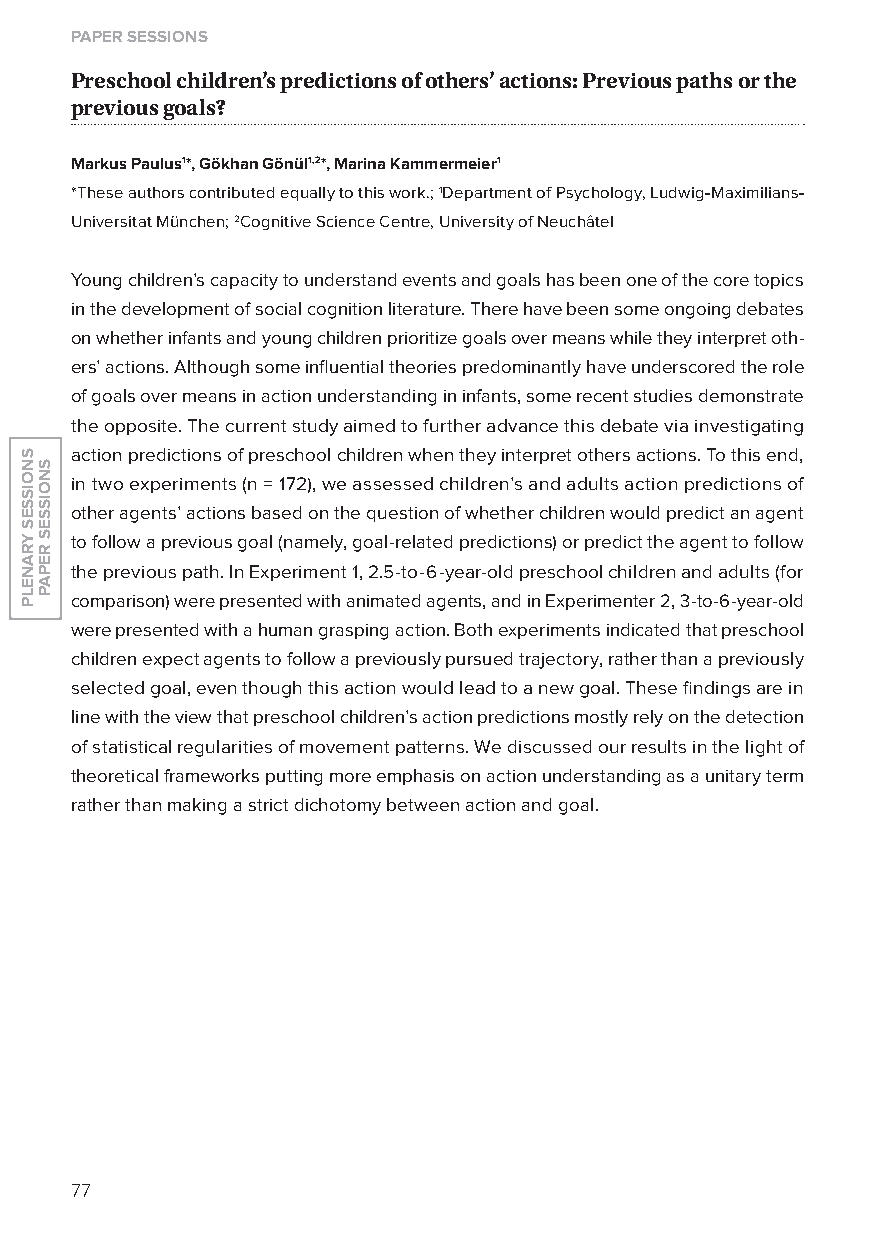
paper sessions
 Preschool children’s predictions of others’ actions: Previous paths or the
 previous goals?
 Markus Paulus1*, Gökhan Gönül1,2*, Marina Kammermeier1
 *These authors contributed equally to this work.; 1Department of Psychology, ludwig-Maximilians-
 Universitat München; 2Cognitive Science Centre, University of Neuchâtel
 young children’s capacity to understand events and goals has been one of the core topics
 in the development of social cognition literature. There have been some ongoing debates
 on whether infants and young children prioritize goals over means while they interpret oth-
 ers’ actions. Although some influential theories predominantly have underscored the role
 of goals over means in action understanding in infants, some recent studies demonstrate
 the opposite. The current study aimed to further advance this debate via investigating
 action predictions of preschool children when they interpret others actions. To this end,
 in two experiments (n = 172), we assessed children’s and adults action predictions of
 other agents’ actions based on the question of whether children would predict an agent
 to follow a previous goal (namely, goal-related predictions) or predict the agent to follow
 the previous path. In Experiment 1, 2.5-to-6-year-old preschool children and adults (for
 comparison) were presented with animated agents, and in Experimenter 2, 3-to-6-year-old
 were presented with a human grasping action. Both experiments indicated that preschool
 children expect agents to follow a previously pursued trajectory, rather than a previously
 selected goal, even though this action would lead to a new goal. These findings are in
 line with the view that preschool children’s action predictions mostly rely on the detection
 of statistical regularities of movement patterns. We discussed our results in the light of
 theoretical frameworks putting more emphasis on action understanding as a unitary term
 rather than making a strict dichotomy between action and goal.
 77
 snoisses
 yranelp
 snoisses
 repap